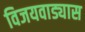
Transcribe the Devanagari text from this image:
विजयवाड्यास